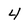
Character: 4